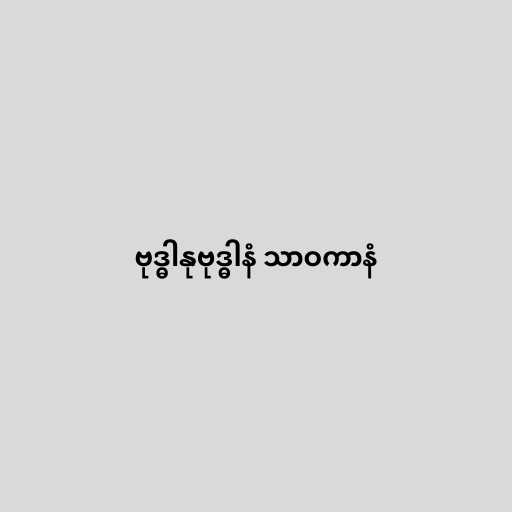
ဗုဒ္ဓါနုဗုဒ္ဓါနံ သာဝကာနံ